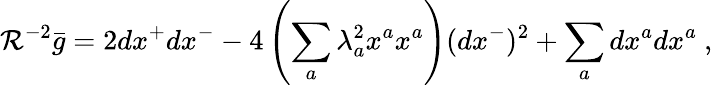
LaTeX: \mathcal{R}^{-2}\bar{{g}}=2dx^{+}dx^{-}-4\left(\sum_{a}\lambda_{a}^{2}x^{a}x^{a}\right)(dx^{-})^{2}+\sum_{a}dx^{a}dx^{a}~,